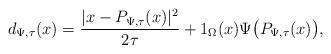
LaTeX: \begin{align*} d_{\Psi,\tau}(x)=\frac{| x - P_{\Psi,\tau}(x)|^{2}}{2\tau} + 1_{\Omega}(x)\Psi\big( P_{\Psi,\tau}(x)\big),\end{align*}